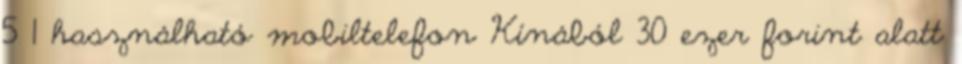
5 1 használható mobiltelefon Kínából 30 ezer forint alatt